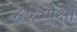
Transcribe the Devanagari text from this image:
८५०पेक्षा